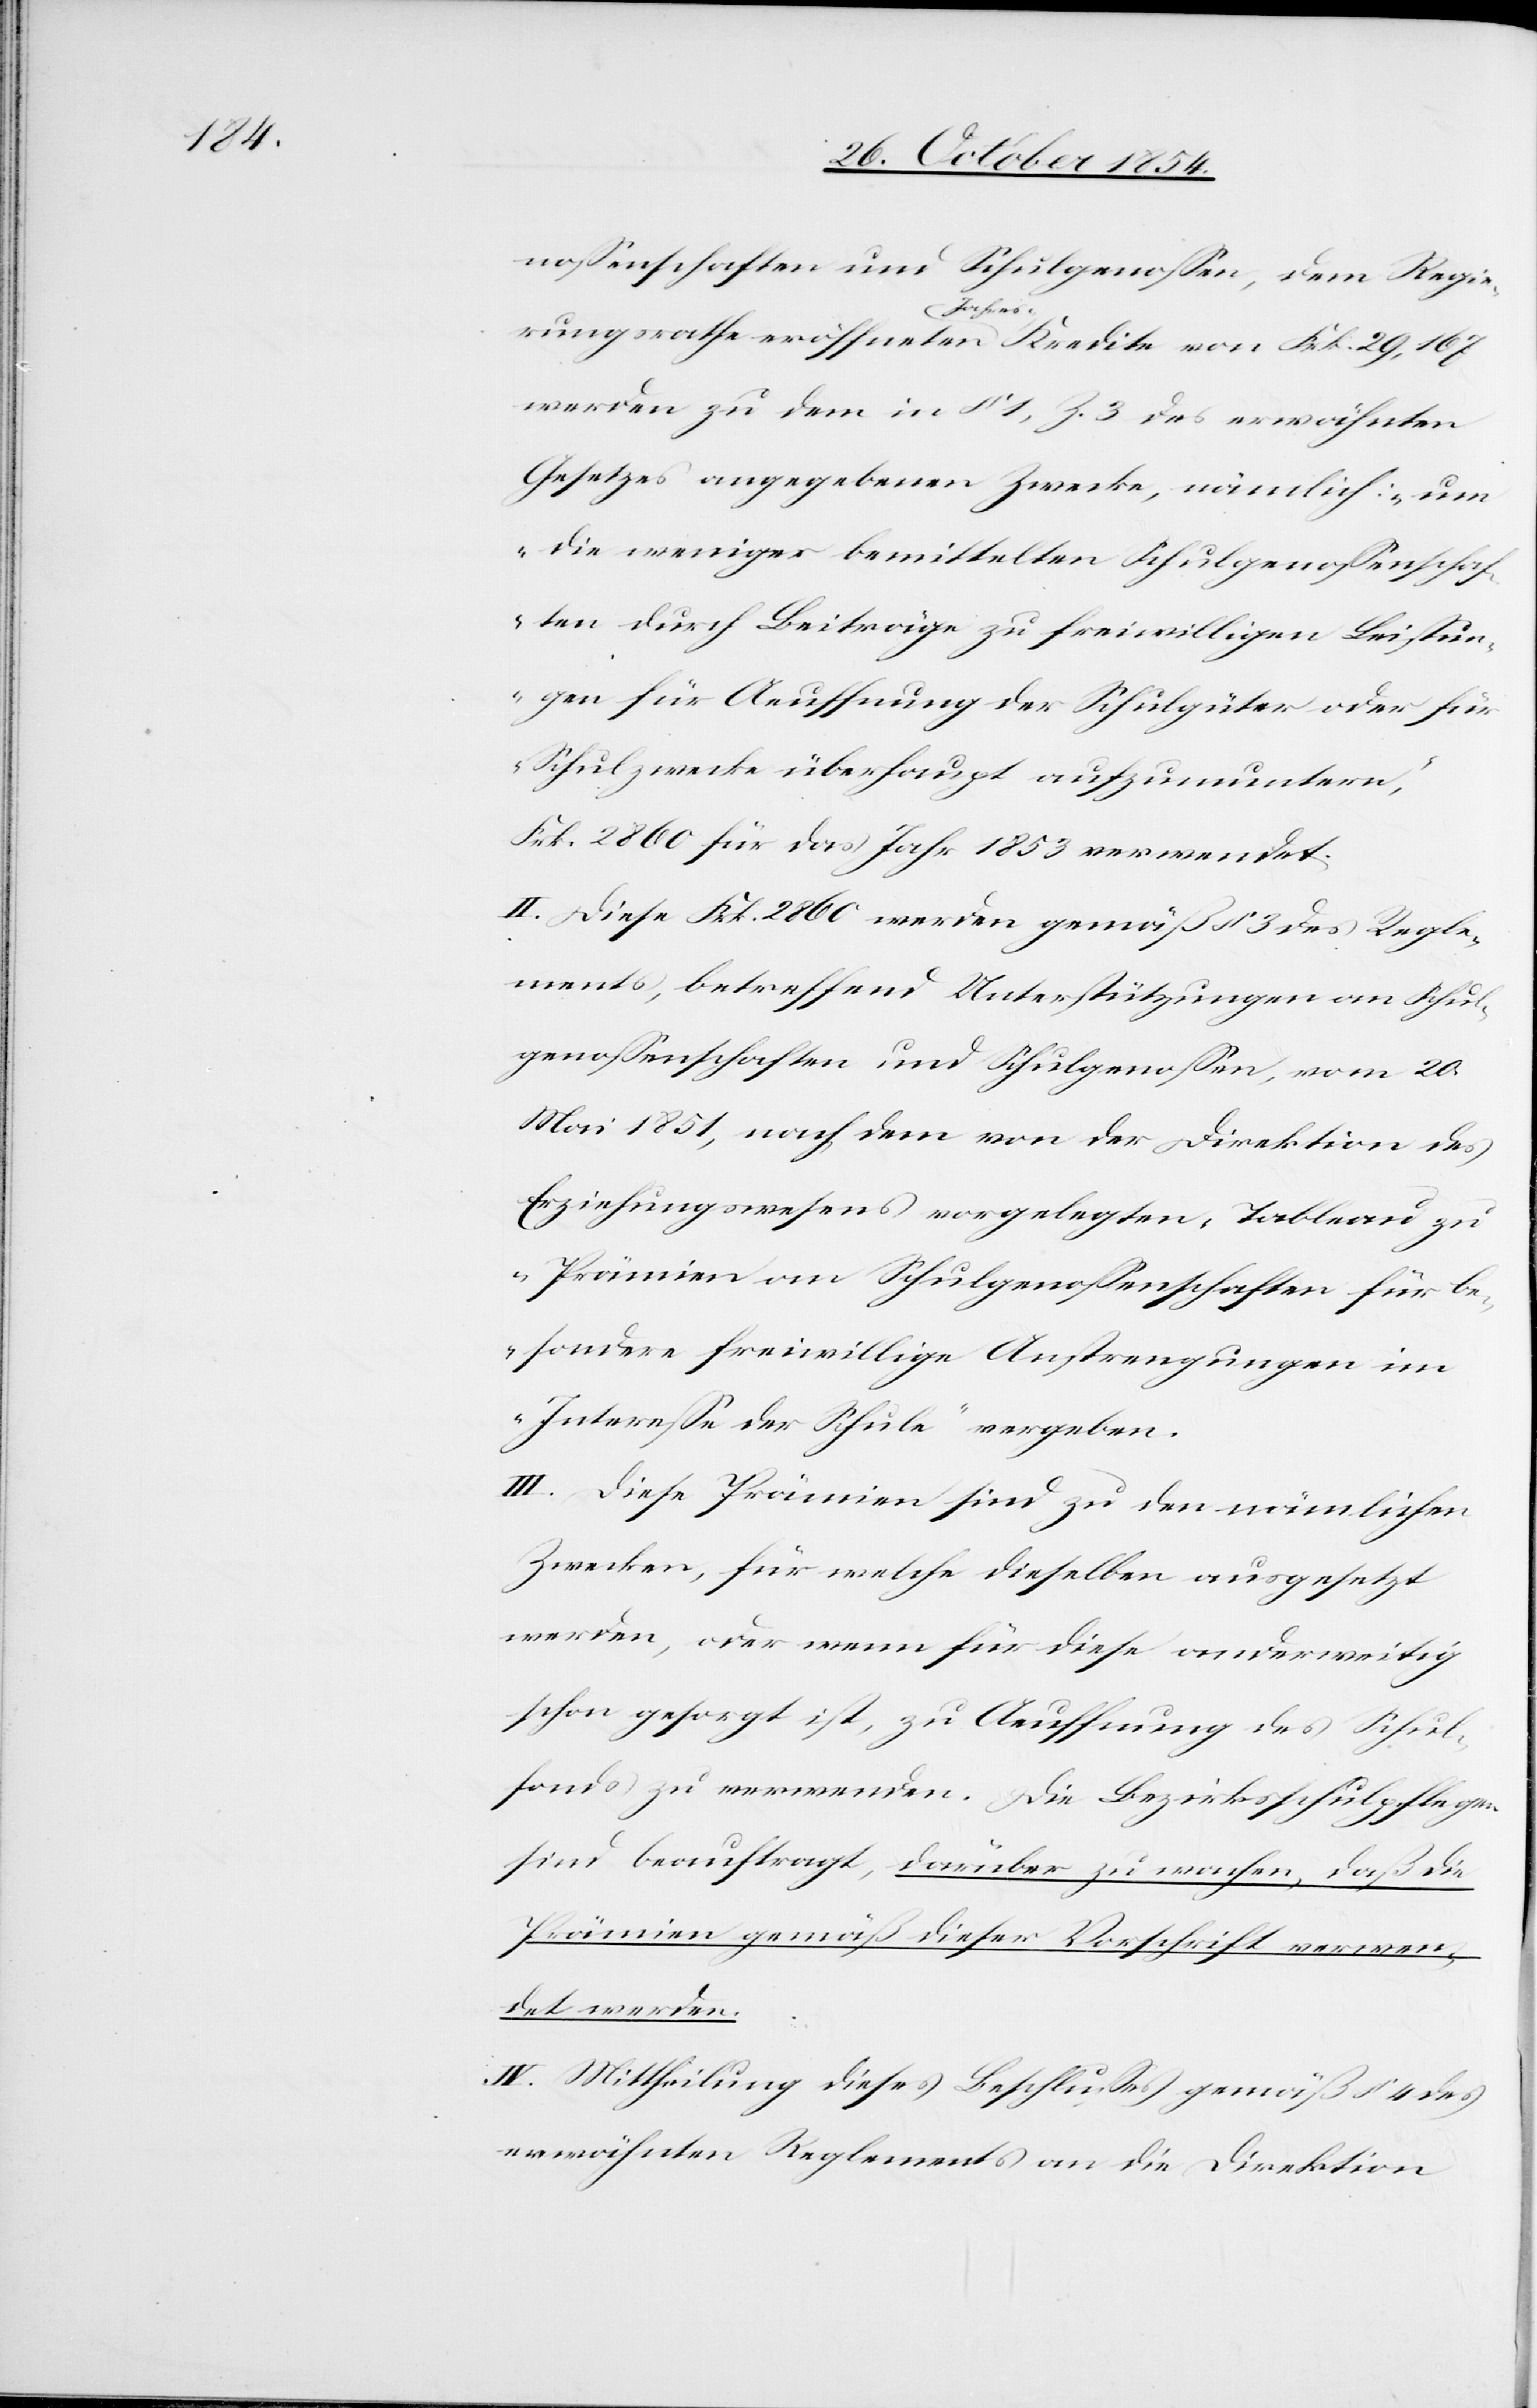
noßenschaften und Schulgenoßen, dem Regie¬
rungsrathe eröffneten a-Jahres--a Kredite von Frk. 29,167
werden zu dem in § 1, Z. 3 des erwähnten
Gesetzes angegebenen Zwecke, nämlich: „um
die weniger bemittelten Schulgenoßenschaf¬
ten durch Beiträge zu freiwilligen Leistun¬
gen für Aeuffnung der Schulgüter oder für
Schulzwecke überhaupt aufzumuntern“,
Frk. 2860 für das Jahr 1853 verwendet.
II. Diese Frk. 2860 werden gemäß § 3 des Regle¬
ments, betreffend Unterstützungen an Schul¬
genoßenschaften und Schulgenoßen, vom 20.
Mai 1851, nach dem von der Direktion des
Erziehungswesens vorgelegten „Tableau zu
Prämien an Schulgenoßenschaften für be¬
sondere freiwillige Anstrengungen im
Intereße der Schule“ vergeben.
III. Diese Prämien sind zu den nämlichen
Zwecken, für welche dieselben ausgesetzt
werde, oder wenn für diese anderweitig
schon gesorgt ist, zu Aeuffnung des Schul¬
fonds zu verwenden. Die Bezirksschulpflegen
sind beauftragt, darüber zu wachen, daß die
Prämien gemäß dieser Vorschrift verwen¬
det werden.
IV. Mittheilung dieses Beschlußes gemäß § 4 des
erwähnten Reglements an die Direktion